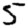
Digit: 5